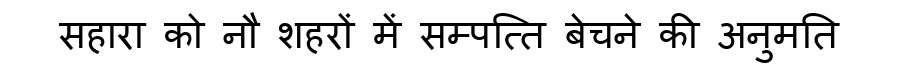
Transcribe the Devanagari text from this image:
सहारा को नौ शहरों में सम्पत्ति बेचने की अनुमति